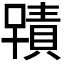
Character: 𭋂